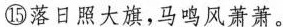
⑮国落日照大旗,马鸣风萧萧。